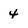
Character: 4